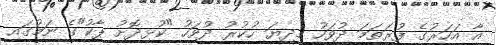
އާ އަހަރުގެ ފުރަތަމަ ދުވަހު މިދިޔަ ހުކުރު ދުވަހު "ކުޅިދޮށު ޕާކު"ގެ ނަމުގައި